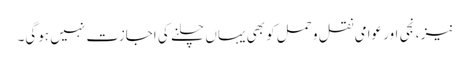
نیز ، نجی اور عوامی نقل و حمل کو بھی یہاں چلنے کی اجازت نہیں ہوگی۔